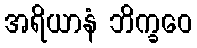
အရိယာနံ ဘိက္ခဝေ